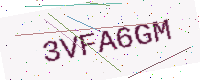
Text: 3VFA6GM